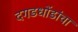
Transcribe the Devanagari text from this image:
दगडधोंडांचा